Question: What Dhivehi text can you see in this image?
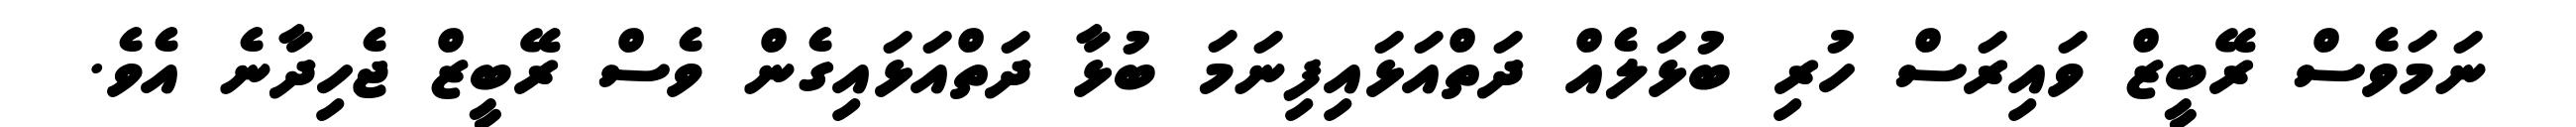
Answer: ނަމަވެސް ރޭބީޒް ވައިރަސް ހުރި ބުޅަލެއް ދަތްއަޅައިފިނަމަ ބުޅާ ދަތްއަޅައިގެން ވެސް ރޭބީޒް ޖެހިދާނެ އެވެ.